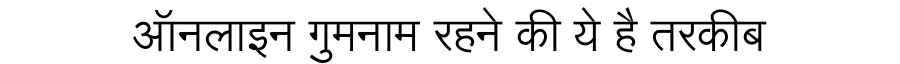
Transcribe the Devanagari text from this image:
ऑनलाइन गुमनाम रहने की ये है तरकीब